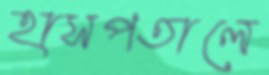
হাসপতালে